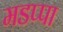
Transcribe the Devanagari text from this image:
मडप्पा